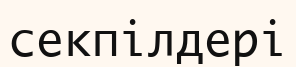
секпілдері